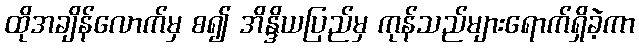
ထိုအချိန်လောက်မှ စ၍ အိန္ဒိယပြည်မှ ကုန်သည်များရောက်ရှိခဲ့ကာ